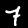
Label: 7